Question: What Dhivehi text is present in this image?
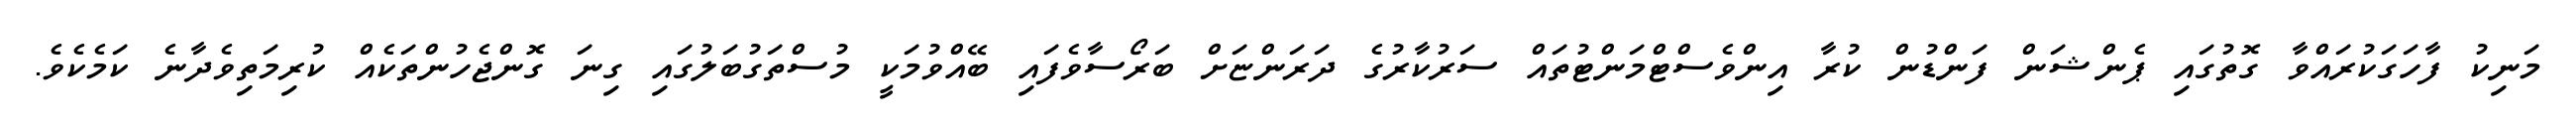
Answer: މަނިކު ފާހަގަކުރައްވާ ގޮތުގައި ޕެންޝަން ފަންޑުން ކުރާ އިންވެސްޓްމަންޓުތައް ސަރުކާރުގެ ދަރަންޏަށް ބަރޯސާވެފައި ބޭއްވުމަކީ މުސްތަގުބަލުގައި ގިނަ ގޮންޖެހުންތަކެއް ކުރިމަތިވެދާނެ ކަމެކެވެ.